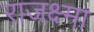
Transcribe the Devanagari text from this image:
राजक्ष्मा